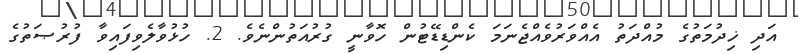
އަދި ޚިދުމަތުގެ މުއްދަތު އެއްވަރުވެއްޖެނަމަ ކެންޑިޑޭޓުން ހޮވާނީ ގުރުއަތުންނެވެ. 2. ހުޅުވާލެވިފައިވާ ފުރުޞަތުގެ